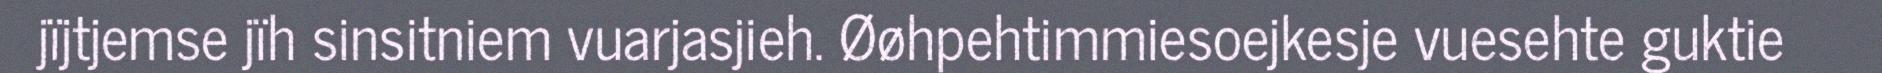
jïjtjemse jïh sinsitniem vuarjasjieh. Øøhpehtimmiesoejkesje vuesehte guktie